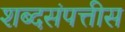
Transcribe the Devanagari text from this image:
शब्दसंपत्तीस